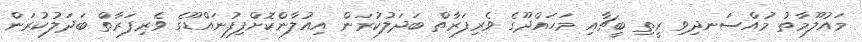
މައުލޫމާތު މުއްސަނދިވި ރީތި ބީޗާއި މަހައްދޫގެ ވެރިފަރާތް ބަދަލުކުރަން އިއުލާންކޮށްފިފުނައްޑޫގެ ވެރިފަރާތް ބަދަލުކުރަން